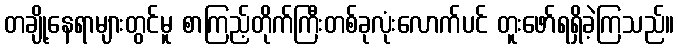
တချို့နေရာများတွင်မူ စာကြည့်တိုက်ကြီးတစ်ခုလုံးလောက်ပင် တူးဖော်ရရှိခဲ့ကြသည်။